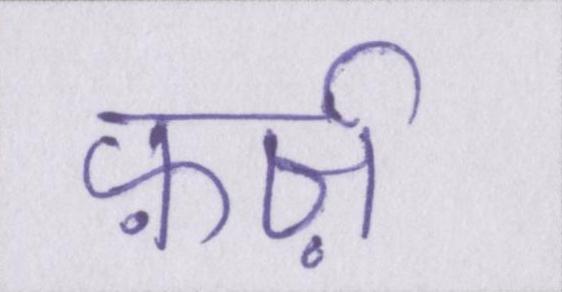
फ़र्ज़